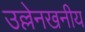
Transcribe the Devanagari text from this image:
उल्लेनखनीय